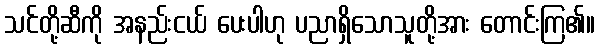
သင်တို့ဆီကို အနည်းငယ် ပေးပါဟု ပညာရှိသောသူတို့အား တောင်းကြ၏။